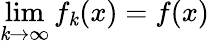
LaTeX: \operatorname*{lim}_{\mathit{k}\to\infty}f_{\mathit{k}}(x)=f(x)